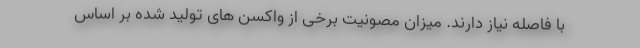
با فاصله نیاز دارند. میزان مصونیت برخی از واکسن های تولید شده بر اساس